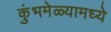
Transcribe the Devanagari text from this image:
कुंभमेळ्यामध्ये